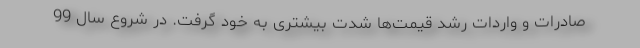
صادرات و واردات رشد قیمت‌ها شدت بیشتری به خود گرفت. در شروع سال 99